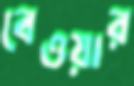
বেওয়ার